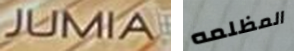
JUMIA المظلمه